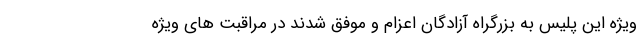
ویژه این پلیس به بزرگراه آزادگان اعزام و موفق شدند در مراقبت های ویژه